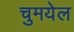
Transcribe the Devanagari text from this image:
चुमयेल